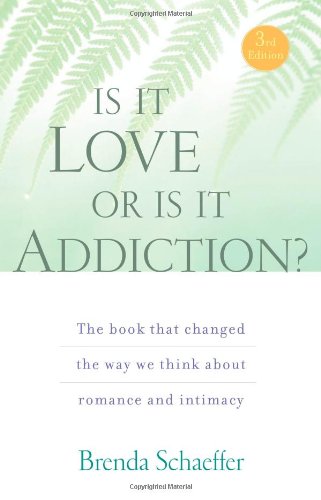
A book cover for Is It Love or Is It Addiction: The book that changed the way we think about romance and intimacy; Brenda Schaeffer D.Min  M.A.L.P.  C.A.S.; Self-Help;